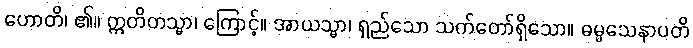
ဟောတိ၊ ၏။ ဣတိတသ္မာ၊ ကြောင့်။ အာယသ္မာ၊ ရှည်သော သက်တော်ရှိသော။ ဓမ္မသေနာပတိ